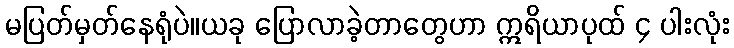
မပြတ်မှတ်နေရုံပဲ။ယခု ပြောလာခဲ့တာတွေဟာ ဣရိယာပုထ် ၄ ပါးလုံး